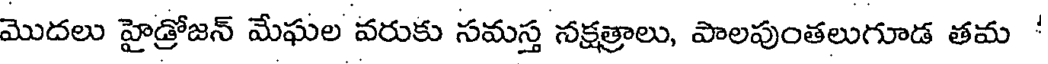
మొదలు హైడ్రోజన్ మేఘల వరుకు సమస్త నక్షత్రాలు, పాలపుంతలుగూడ తమ